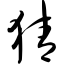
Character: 猜